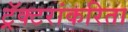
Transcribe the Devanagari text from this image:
ट्रॅक्टरांकरिता